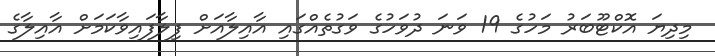
މިދިޔަ އޮކްޓޫބަރު މަހުގެ 19 ވަނަ ދުވަހުގެ ވަގުތެއްގައި އާއިލާއަށް ފިލާފައިވާކަމަށް އާއިލާގެ